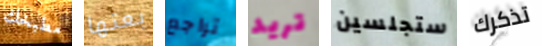
مطبخك بعتها تراجع تريد ستجلسين تذكرك